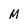
Character: M